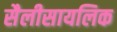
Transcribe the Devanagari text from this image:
सैलीसायलिक